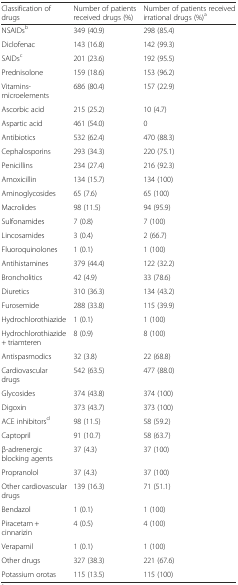
<table><thead><tr><td><b>Classification of drugs</b></td><td><b>Number of patients received drugs (%)</b></td><td><b>Number of patients received irrational drugs (%)<sup>a</sup></b></td></tr></thead><tbody><tr><td>NSAIDs<sup>b</sup></td><td>349 (40.9)</td><td>298 (85.4)</td></tr><tr><td>Diclofenac</td><td>143 (16.8)</td><td>142 (99.3)</td></tr><tr><td>SAIDs<sup>c</sup></td><td>201 (23.6)</td><td>192 (95.5)</td></tr><tr><td>Prednisolone</td><td>159 (18.6)</td><td>153 (96.2)</td></tr><tr><td>Vitamins-microelements</td><td>686 (80.4)</td><td>157 (22.9)</td></tr><tr><td>Ascorbic acid</td><td>215 (25.2)</td><td>10 (4.7)</td></tr><tr><td>Aspartic acid</td><td>461 (54.0)</td><td>0</td></tr><tr><td>Antibiotics</td><td>532 (62.4)</td><td>470 (88.3)</td></tr><tr><td>Cephalosporins</td><td>293 (34.3)</td><td>220 (75.1)</td></tr><tr><td>Penicillins</td><td>234 (27.4)</td><td>216 (92.3)</td></tr><tr><td>Amoxicillin</td><td>134 (15.7)</td><td>134 (100)</td></tr><tr><td>Aminoglycosides</td><td>65 (7.6)</td><td>65 (100)</td></tr><tr><td>Macrolides</td><td>98 (11.5)</td><td>94 (95.9)</td></tr><tr><td>Sulfonamides</td><td>7 (0.8)</td><td>7 (100)</td></tr><tr><td>Lincosamides</td><td>3 (0.4)</td><td>2 (66.7)</td></tr><tr><td>Fluoroquinolones</td><td>1 (0.1)</td><td>1 (100)</td></tr><tr><td>Antihistamines</td><td>379 (44.4)</td><td>122 (32.2)</td></tr><tr><td>Broncholitics</td><td>42 (4.9)</td><td>33 (78.6)</td></tr><tr><td>Diuretics</td><td>310 (36.3)</td><td>134 (43.2)</td></tr><tr><td>Furosemide</td><td>288 (33.8)</td><td>115 (39.9)</td></tr><tr><td>Hydrochlorothiazide</td><td>1 (0.1)</td><td>1 (100)</td></tr><tr><td>Hydrochlorothiazide + triamteren</td><td>8 (0.9)</td><td>8 (100)</td></tr><tr><td>Antispasmodics</td><td>32 (3.8)</td><td>22 (68.8)</td></tr><tr><td>Cardiovascular drugs</td><td>542 (63.5)</td><td>477 (88.0)</td></tr><tr><td>Glycosides</td><td>374 (43.8)</td><td>374 (100)</td></tr><tr><td>Digoxin</td><td>373 (43.7)</td><td>373 (100)</td></tr><tr><td>ACE inhibitors<sup>d</sup></td><td>98 (11.5)</td><td>58 (59.2)</td></tr><tr><td>Captopril</td><td>91 (10.7)</td><td>58 (63.7)</td></tr><tr><td>β-adrenergic blocking agents</td><td>37 (4.3)</td><td>37 (100)</td></tr><tr><td>Propranolol</td><td>37 (4.3)</td><td>37 (100)</td></tr><tr><td>Other cardiovascular drugs</td><td>139 (16.3)</td><td>71 (51.1)</td></tr><tr><td>Bendazol</td><td>1 (0.1)</td><td>1 (100)</td></tr><tr><td>Piracetam + cinnarizin</td><td>4 (0.5)</td><td>4 (100)</td></tr><tr><td>Verapamil</td><td>1 (0.1)</td><td>1 (100)</td></tr><tr><td>Other drugs</td><td>327 (38.3)</td><td>221 (67.6)</td></tr><tr><td>Potassium orotas</td><td>115 (13.5)</td><td>115 (100)</td></tr></tbody></table>